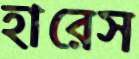
হারেস